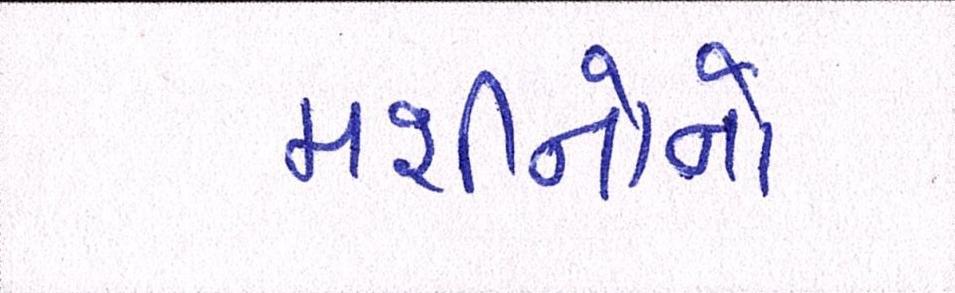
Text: મશીનોનો